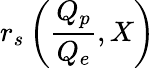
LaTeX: r_{s}\left(\frac{Q_{p}}{Q_{e}},X\right)